Subject: stat
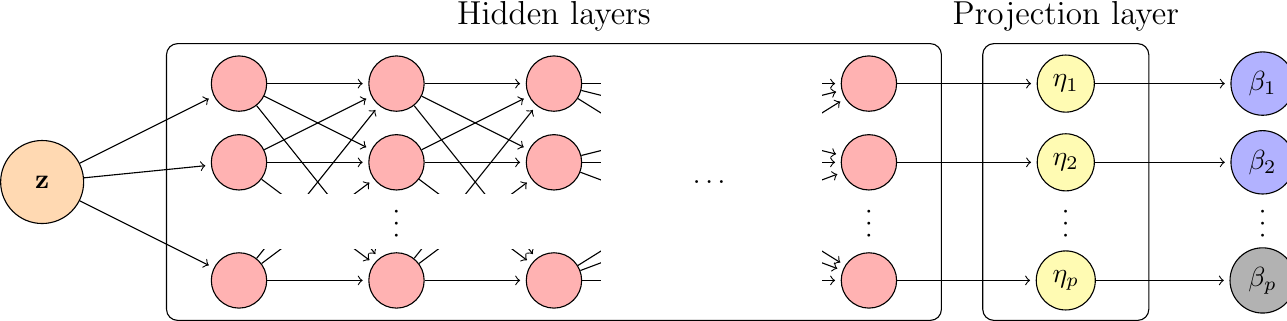
LaTeX code:
\begin{tikzpicture}

\node[circle,draw,minimum size=30,fill=orange!30] (z) at (-0.5,0) {$\mathbf{z}$};

\node[circle,draw,minimum size=20,fill=red!30] (11) at (2,1.25) {};
\node[circle,draw,minimum size=20,fill=red!30] (12) at (2,0.25) {};
\node[circle,draw,minimum size=20,fill=red!30] (13) at (2,-1.25) {};

\draw[,->,shorten >=2pt] (z) to (11);
\draw[,->,shorten >=2pt] (z) to (12);
\draw[,->,shorten >=2pt] (z) to (13);

\node[circle,draw,minimum size=20,fill=red!30] (21) at (4,1.25) {};
\node[circle,draw,minimum size=20,fill=red!30] (22) at (4,0.25) {};
\node[circle,draw,minimum size=20,fill=red!30] (23) at (4,-1.25) {};

\draw[,->,shorten >=2pt] (11) to (21);
\draw[,->,shorten >=2pt] (11) to (22);
\draw[,->,shorten >=2pt] (11) to (23);
\draw[,->,shorten >=2pt] (12) to (21);
\draw[,->,shorten >=2pt] (12) to (22);
\draw[,->,shorten >=2pt] (12) to (23);
\draw[,->,shorten >=2pt] (13) to (21);
\draw[,->,shorten >=2pt] (13) to (22);
\draw[,->,shorten >=2pt] (13) to (23);

\node[circle,draw,minimum size=20,fill=red!30] (31) at (6,1.25) {};
\node[circle,draw,minimum size=20,fill=red!30] (32) at (6,0.25) {};
\node[circle,draw,minimum size=20,fill=red!30] (33) at (6,-1.25) {};

\draw[,->,shorten >=2pt] (21) to (31);
\draw[,->,shorten >=2pt] (21) to (32);
\draw[,->,shorten >=2pt] (21) to (33);
\draw[,->,shorten >=2pt] (22) to (31);
\draw[,->,shorten >=2pt] (22) to (32);
\draw[,->,shorten >=2pt] (22) to (33);
\draw[,->,shorten >=2pt] (23) to (31);
\draw[,->,shorten >=2pt] (23) to (32);
\draw[,->,shorten >=2pt] (23) to (33);

\node[circle,draw,minimum size=20,fill=red!30] (41) at (10,1.25) {};
\node[circle,draw,minimum size=20,fill=red!30] (42) at (10,0.25) {};
\node[circle,draw,minimum size=20,fill=red!30] (43) at (10,-1.25) {};

\draw[,->,shorten >=2pt] (31) to (41);
\draw[,->,shorten >=2pt] (31) to (42);
\draw[,->,shorten >=2pt] (31) to (43);
\draw[,->,shorten >=2pt] (32) to (41);
\draw[,->,shorten >=2pt] (32) to (42);
\draw[,->,shorten >=2pt] (32) to (43);
\draw[,->,shorten >=2pt] (33) to (41);
\draw[,->,shorten >=2pt] (33) to (42);
\draw[,->,shorten >=2pt] (33) to (43);

\node[circle,draw,minimum size=20,fill=yellow!30] (51) at (12.5,1.25) {$\eta_1$};
\node[circle,draw,minimum size=20,fill=yellow!30] (52) at (12.5,0.25) {$\eta_2$};
\node[circle,draw,minimum size=20,fill=yellow!30] (53) at (12.5,-1.25) {$\eta_p$};

\draw[,->,shorten >=2pt] (41) to (51);
\draw[,->,shorten >=2pt] (42) to (52);
\draw[,->,shorten >=2pt] (43) to (53);

\node[circle,draw,minimum size=20,fill=blue!30] (61) at (15,1.25) {$\beta_1$};
\node[circle,draw,minimum size=20,fill=blue!30] (62) at (15,0.25) {$\beta_2$};
\node[circle,draw,minimum size=20,fill=black!30] (63) at (15,-1.25) {$\beta_p$};

\draw[,->,shorten >=2pt] (51) to (61);
\draw[,->,shorten >=2pt] (52) to (62);
\draw[,->,shorten >=2pt] (53) to (63);

\node[rectangle,rounded corners,draw,minimum width=280,minimum height=100] at (6,0) {};
\node at (6,2.1) {\large Hidden layers};

\node[rectangle,rounded corners,draw,minimum width=60,minimum height=100] at (12.5,0) {};
\node at (12.5,2.1) {\large Projection layer};

\node[rectangle,fill=white,minimum width=80,minimum height=80] at (8,0) {};
\node at (8,0) {$\dots$};

\node[rectangle,fill=white,minimum width=150,minimum height=20] at (4,-0.5) {};\

\node at (4,-0.5) {\rotatebox{90}{$\dots$}};
\node at (10,-0.5) {\rotatebox{90}{$\dots$}};
\node at (12.5,-0.5) {\rotatebox{90}{$\dots$}};
\node at (15,-0.5) {\rotatebox{90}{$\dots$}};

\end{tikzpicture}